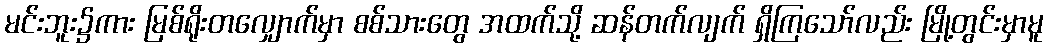
မင်းဘူး၌ကား မြစ်ရိုးတလျှောက်မှာ စစ်သားတွေ အထက်သို့ ဆန်တက်လျက် ရှိကြသော်လည်း မြို့တွင်းမှာမူ